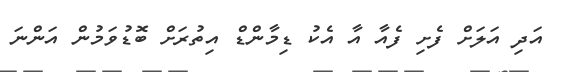
އަދި އަލަށް ފެށި ފެއާ އާ އެކު ޑިމާންޑް އިތުރަށް ބޮޑުވަމުން އަންނަ